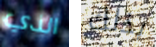
الذي بذلك